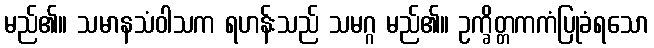
မည်၏။ သမာနသံဝါသက ရဟန်းသည် သမဂ္ဂ မည်၏။ ဥက္ခိတ္တကကံပြုခံရသော